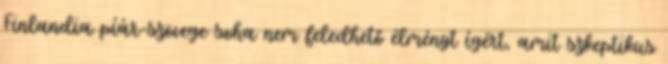
Finlandia píár-szövege soha nem feledhető élményt ígért, amit szkeptikus